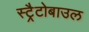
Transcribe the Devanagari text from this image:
स्ट्रैटोबाउल